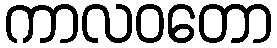
ကာလဝတော